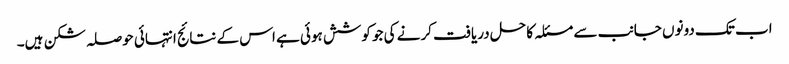
اب تک دونوں جانب سے مسئلہ کا حل دریافت کرنے کی جو کوشش ہوئی ہے اس کے نتائج انتہائی حوصلہ شکن ہیں۔